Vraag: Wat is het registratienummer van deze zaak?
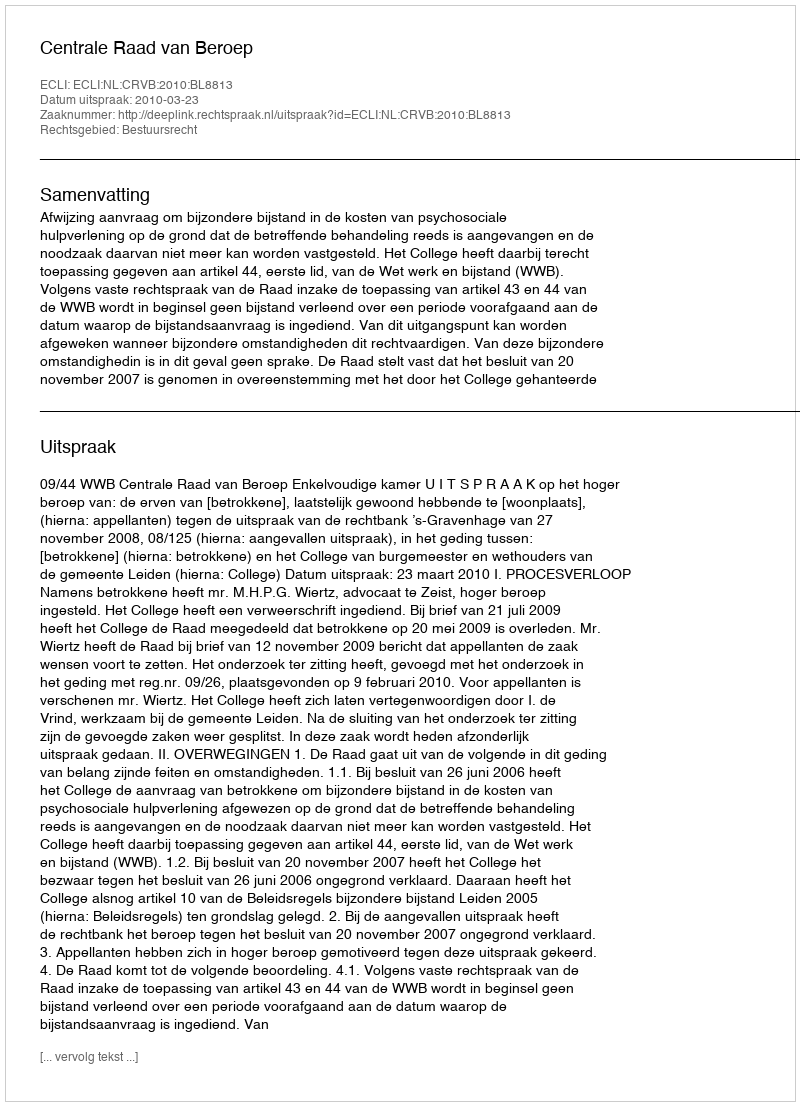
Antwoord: http://deeplink.rechtspraak.nl/uitspraak?id=ECLI:NL:CRVB:2010:BL8813